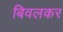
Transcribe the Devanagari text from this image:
बिवलकर